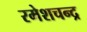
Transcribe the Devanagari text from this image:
रमेशचन्‍द्र